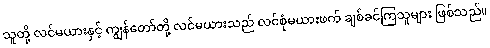
သူတို့ လင်မယားနှင့် ကျွန်တော်တို့ လင်မယားသည် လင်စုံမယားဖက် ချစ်ခင်ကြသူများ ဖြစ်သည်။